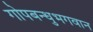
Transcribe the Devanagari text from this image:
गोपबन्धुभगवान